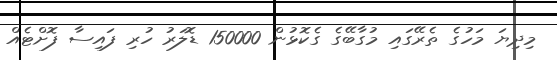
މިދިޔަ މަހުގެ ތެރޭގައި މުގާބޭގެ ގެކޮޅުން 150000 ޑޮލަރު ހުރި ފައިސާ ފޮށްޓެއް